Report on the working of the Ranchi Indian Mental Hospital, Kanke, in Bihar and Orissa - 1930-1940
Year: 1930
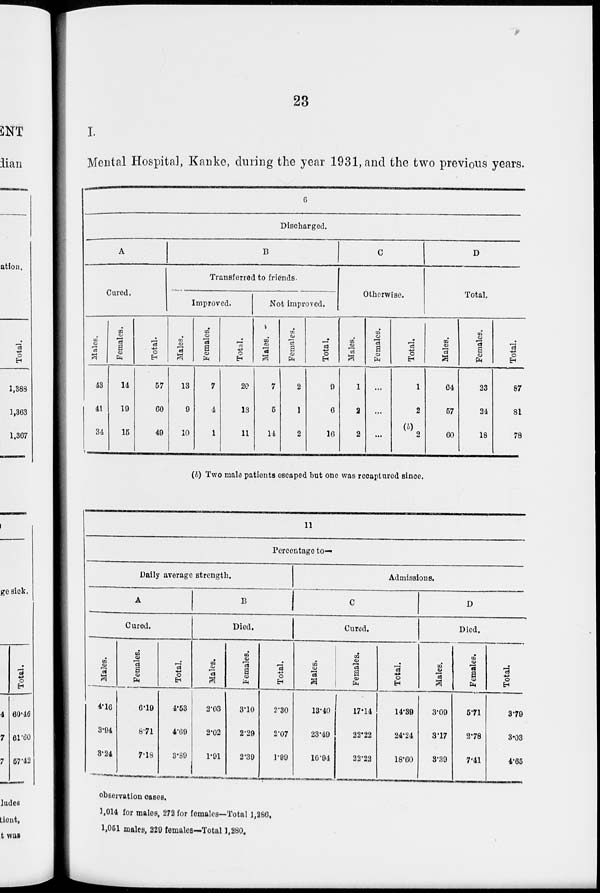
23
I.
Mental Hospital, Kanke, during the year 1931, and the two previous years.
6
Discharged.
A
Cured.
Males.
43
41
34
Females.
14
19
15
Total.
57
60
49
B
Transferred to friends.
Improved.
Males.
13
9
10
Females.
7
4
1
Total.
20
13
11
Not improved.
Males.
7
5
14
Females.
2
1
2
Total.
9
6
16
C
Otherwise.
Males.
1
2
2
Females.
...
...
...
Total.
1
2
(b)
2
D
Total.
Males.
64
57
60
Females.
23
24
18
Total.
87
81
78
(b) Two male patients escaped but one was recaptured since.
11
Percentage to—
Daily average strength.
A
Cured.
Males.
4.16
3.94
3.24
Females.
6.19
8.71
7.18
Total.
4.53
4.69
3.89
B
Died.
Males.
2.03
2.02
1.91
Females.
3.10
2.29
2.39
Total.
2.30
2.07
1.99
Admissions.
C
Cured.
Males.
13.40
23.49
16.94
Females.
17.14
22.22
22.22
Total.
14.39
24.24
18.60
D
Died.
Males.
3.09
3.17
3.39
Females.
5.71
2.78
7.41
Total.
3.79
3.03
4.65
observation cases.
1,014 for males, 272 for females—Total 1,286,
1,051 males, 229 females—Total 1,280.